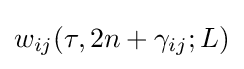
w_{ij}(\tau ,2n+\gamma _{ij};L)